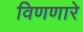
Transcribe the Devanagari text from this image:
विणणारे